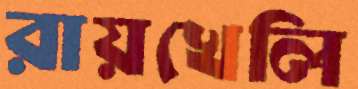
রায়খেলি